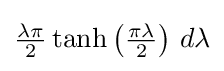
{\textstyle {\frac {\lambda \pi }{2}}\tanh \left({\frac {\pi \lambda }{2}}\right)\,d\lambda }